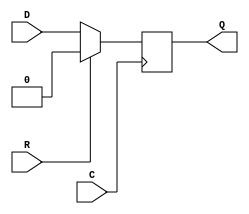
module SB_DFFSR (output Q, input C, R, D);
	reg Q = 0;
	always @(posedge C)
		if (R)
			Q <= 0;
		else
			Q <= D;
endmodule